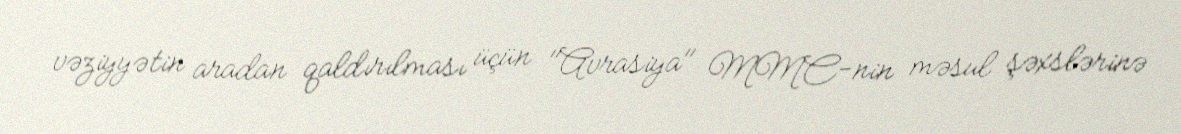
vəziyyətin aradan qaldırılması üçün "Avrasiya" MMC-nin məsul şəxslərinə